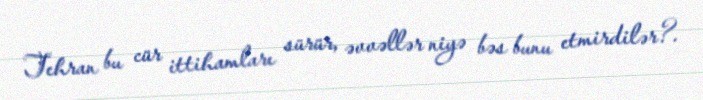
Tehran bu cür ittihamları sürür, əvvəllər niyə bəs bunu etmirdilər?.